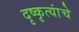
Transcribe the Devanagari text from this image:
दृष्कृत्यांचे